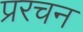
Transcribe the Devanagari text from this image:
प्ररचन